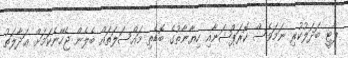
ޕާޓީ ބަދަލުކުރި ނަމަވެސް ކޮރަޕްޝަނާއި ހިޔާނާތުގެ ބޮޑެތި މައްސަލަތައް ބެލެން ޖެހޭނެކަމަށް ޢަދާލަތު